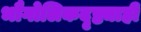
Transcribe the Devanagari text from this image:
भौगोलिकदृष्ट्याही